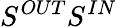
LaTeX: S^{OUT}S^{IN}